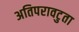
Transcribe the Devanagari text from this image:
अतिपरावटुता